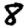
Digit: 8